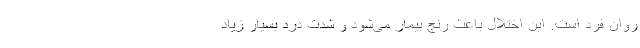
روان فرد است. این اختلال باعث رنج بیمار می‌شود و شدت درد بسیار زیاد